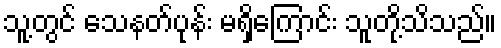
သူ့တွင် သေနတ်ပုန်း မရှိကြောင်း သူတို့သိသည်။